Bréfritari: Soffía Daníelsdóttir
Viðtakandi: Jakobína Magnúsdóttir og Daníel Halldórsson
Dagsetning: A-1888-03-24
Skrifað á: Reykjavík  Gull.
Soffía var dóttir Jakobínu og Daníels

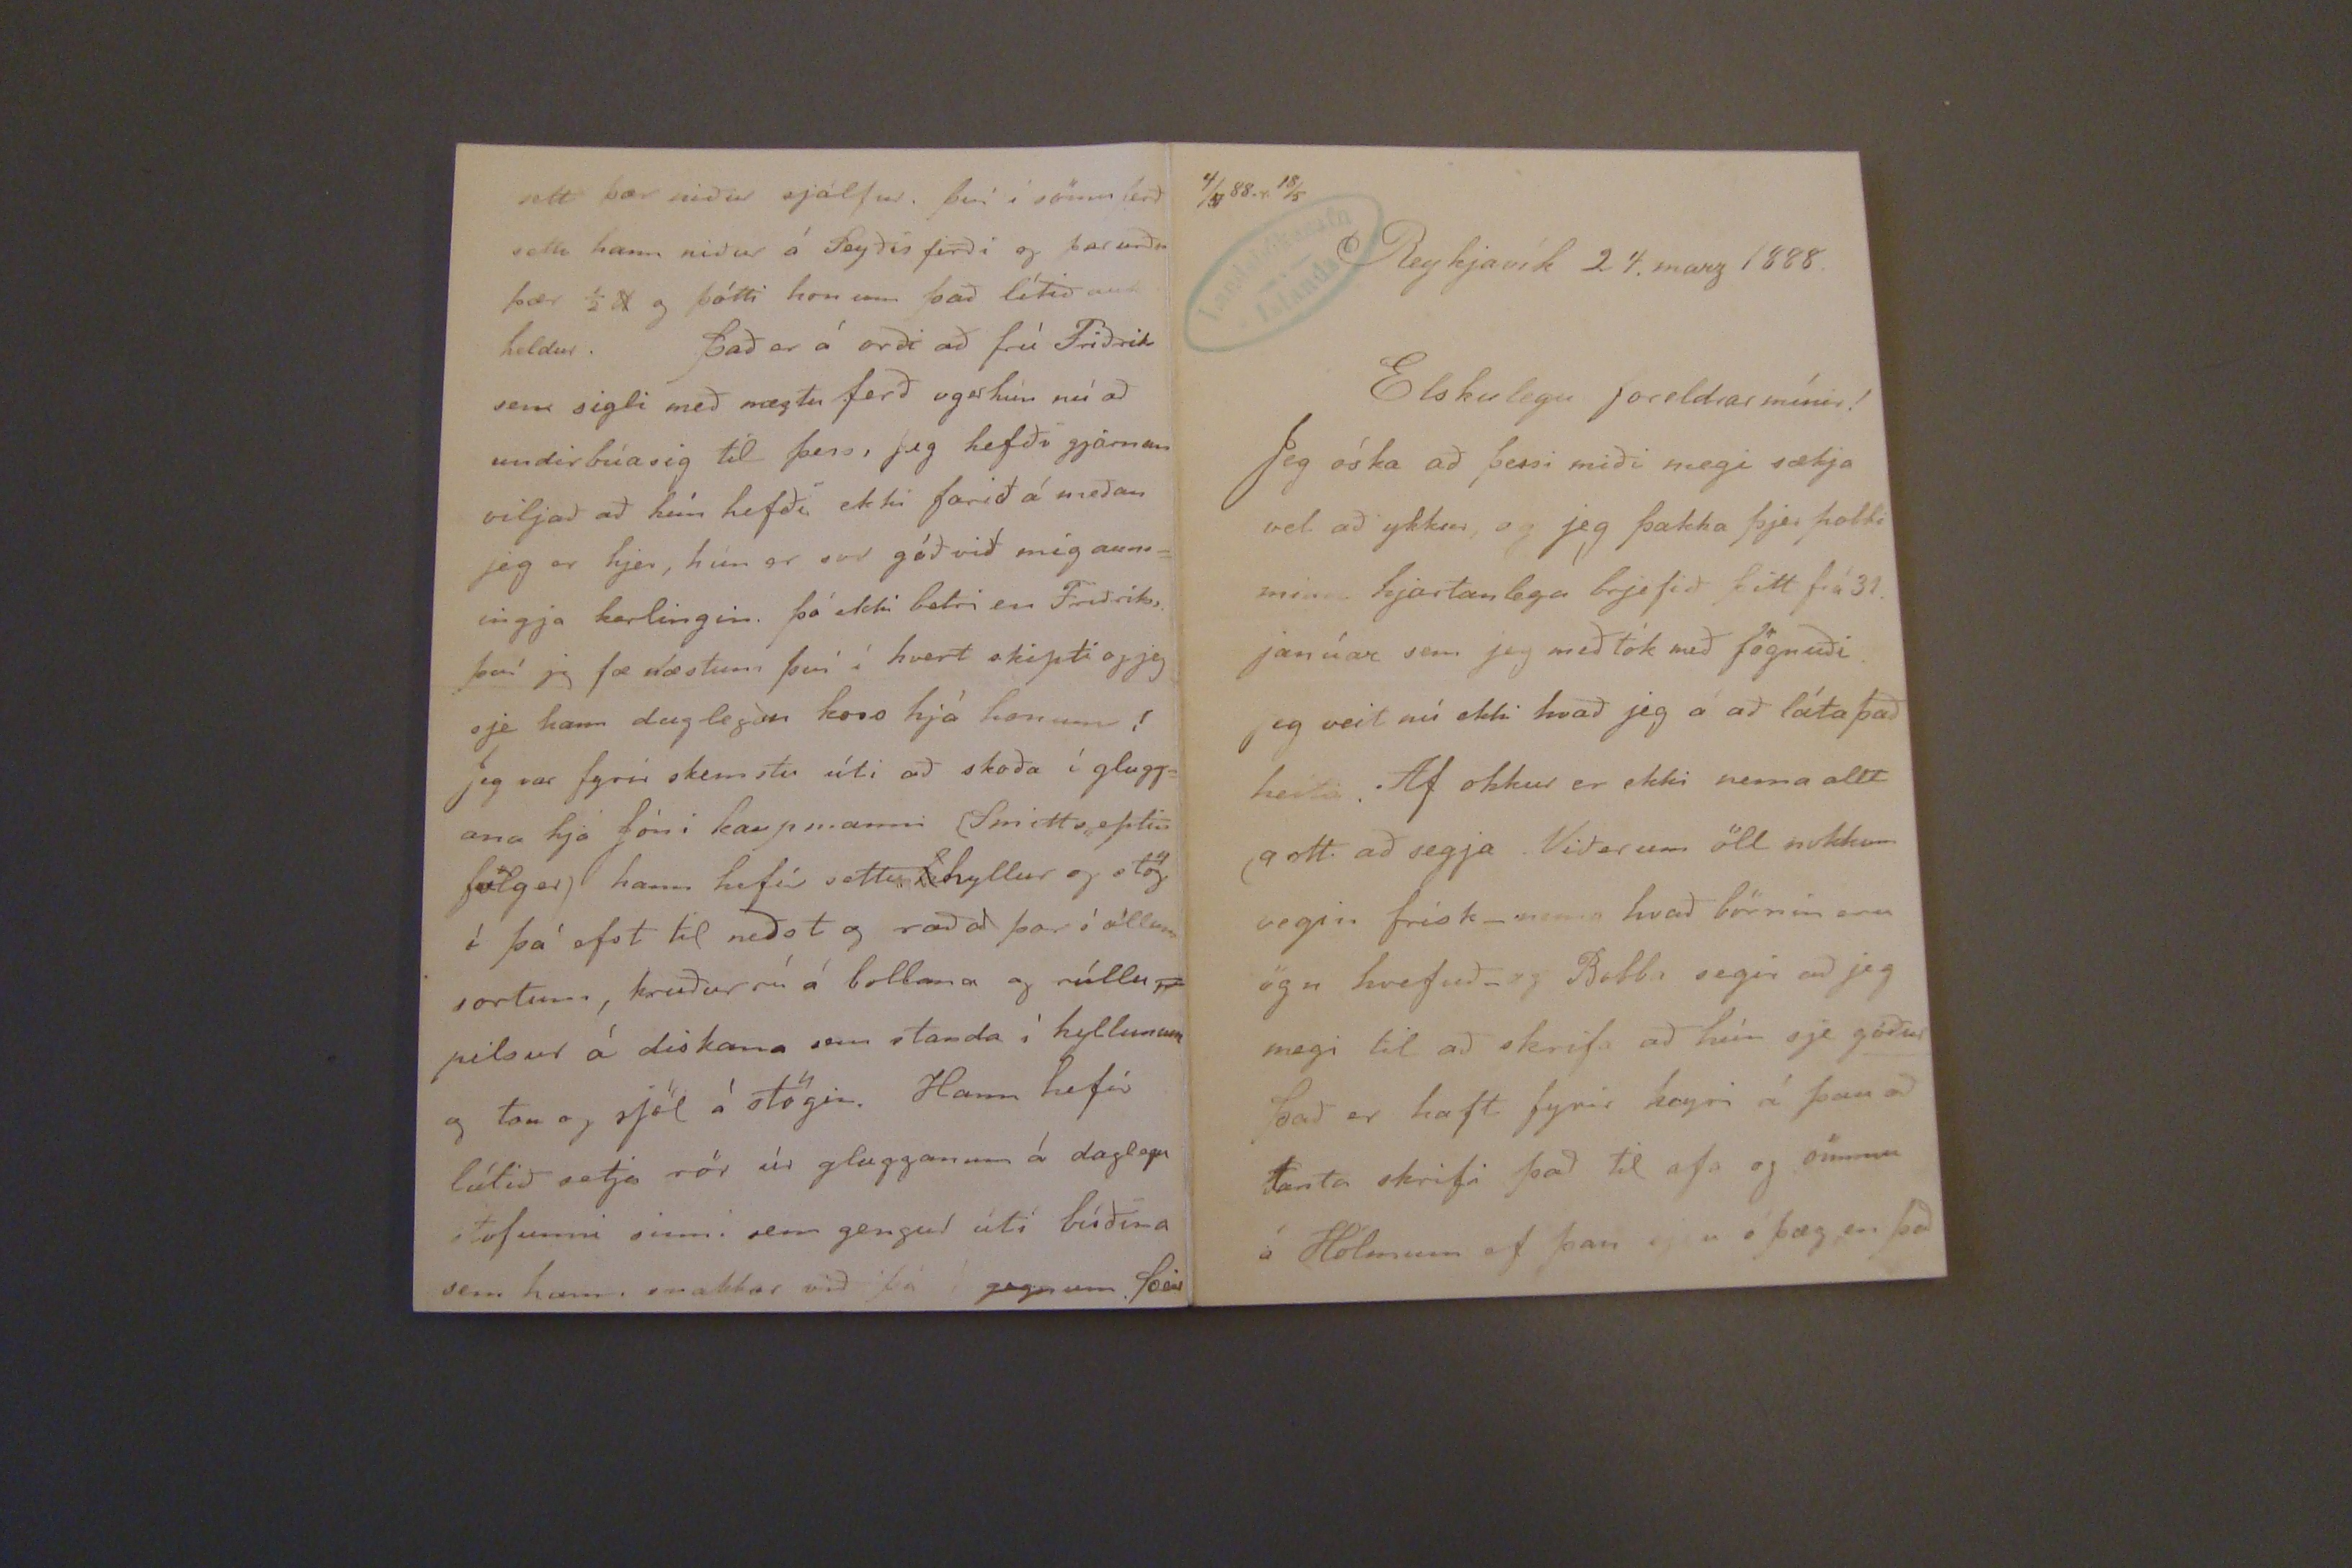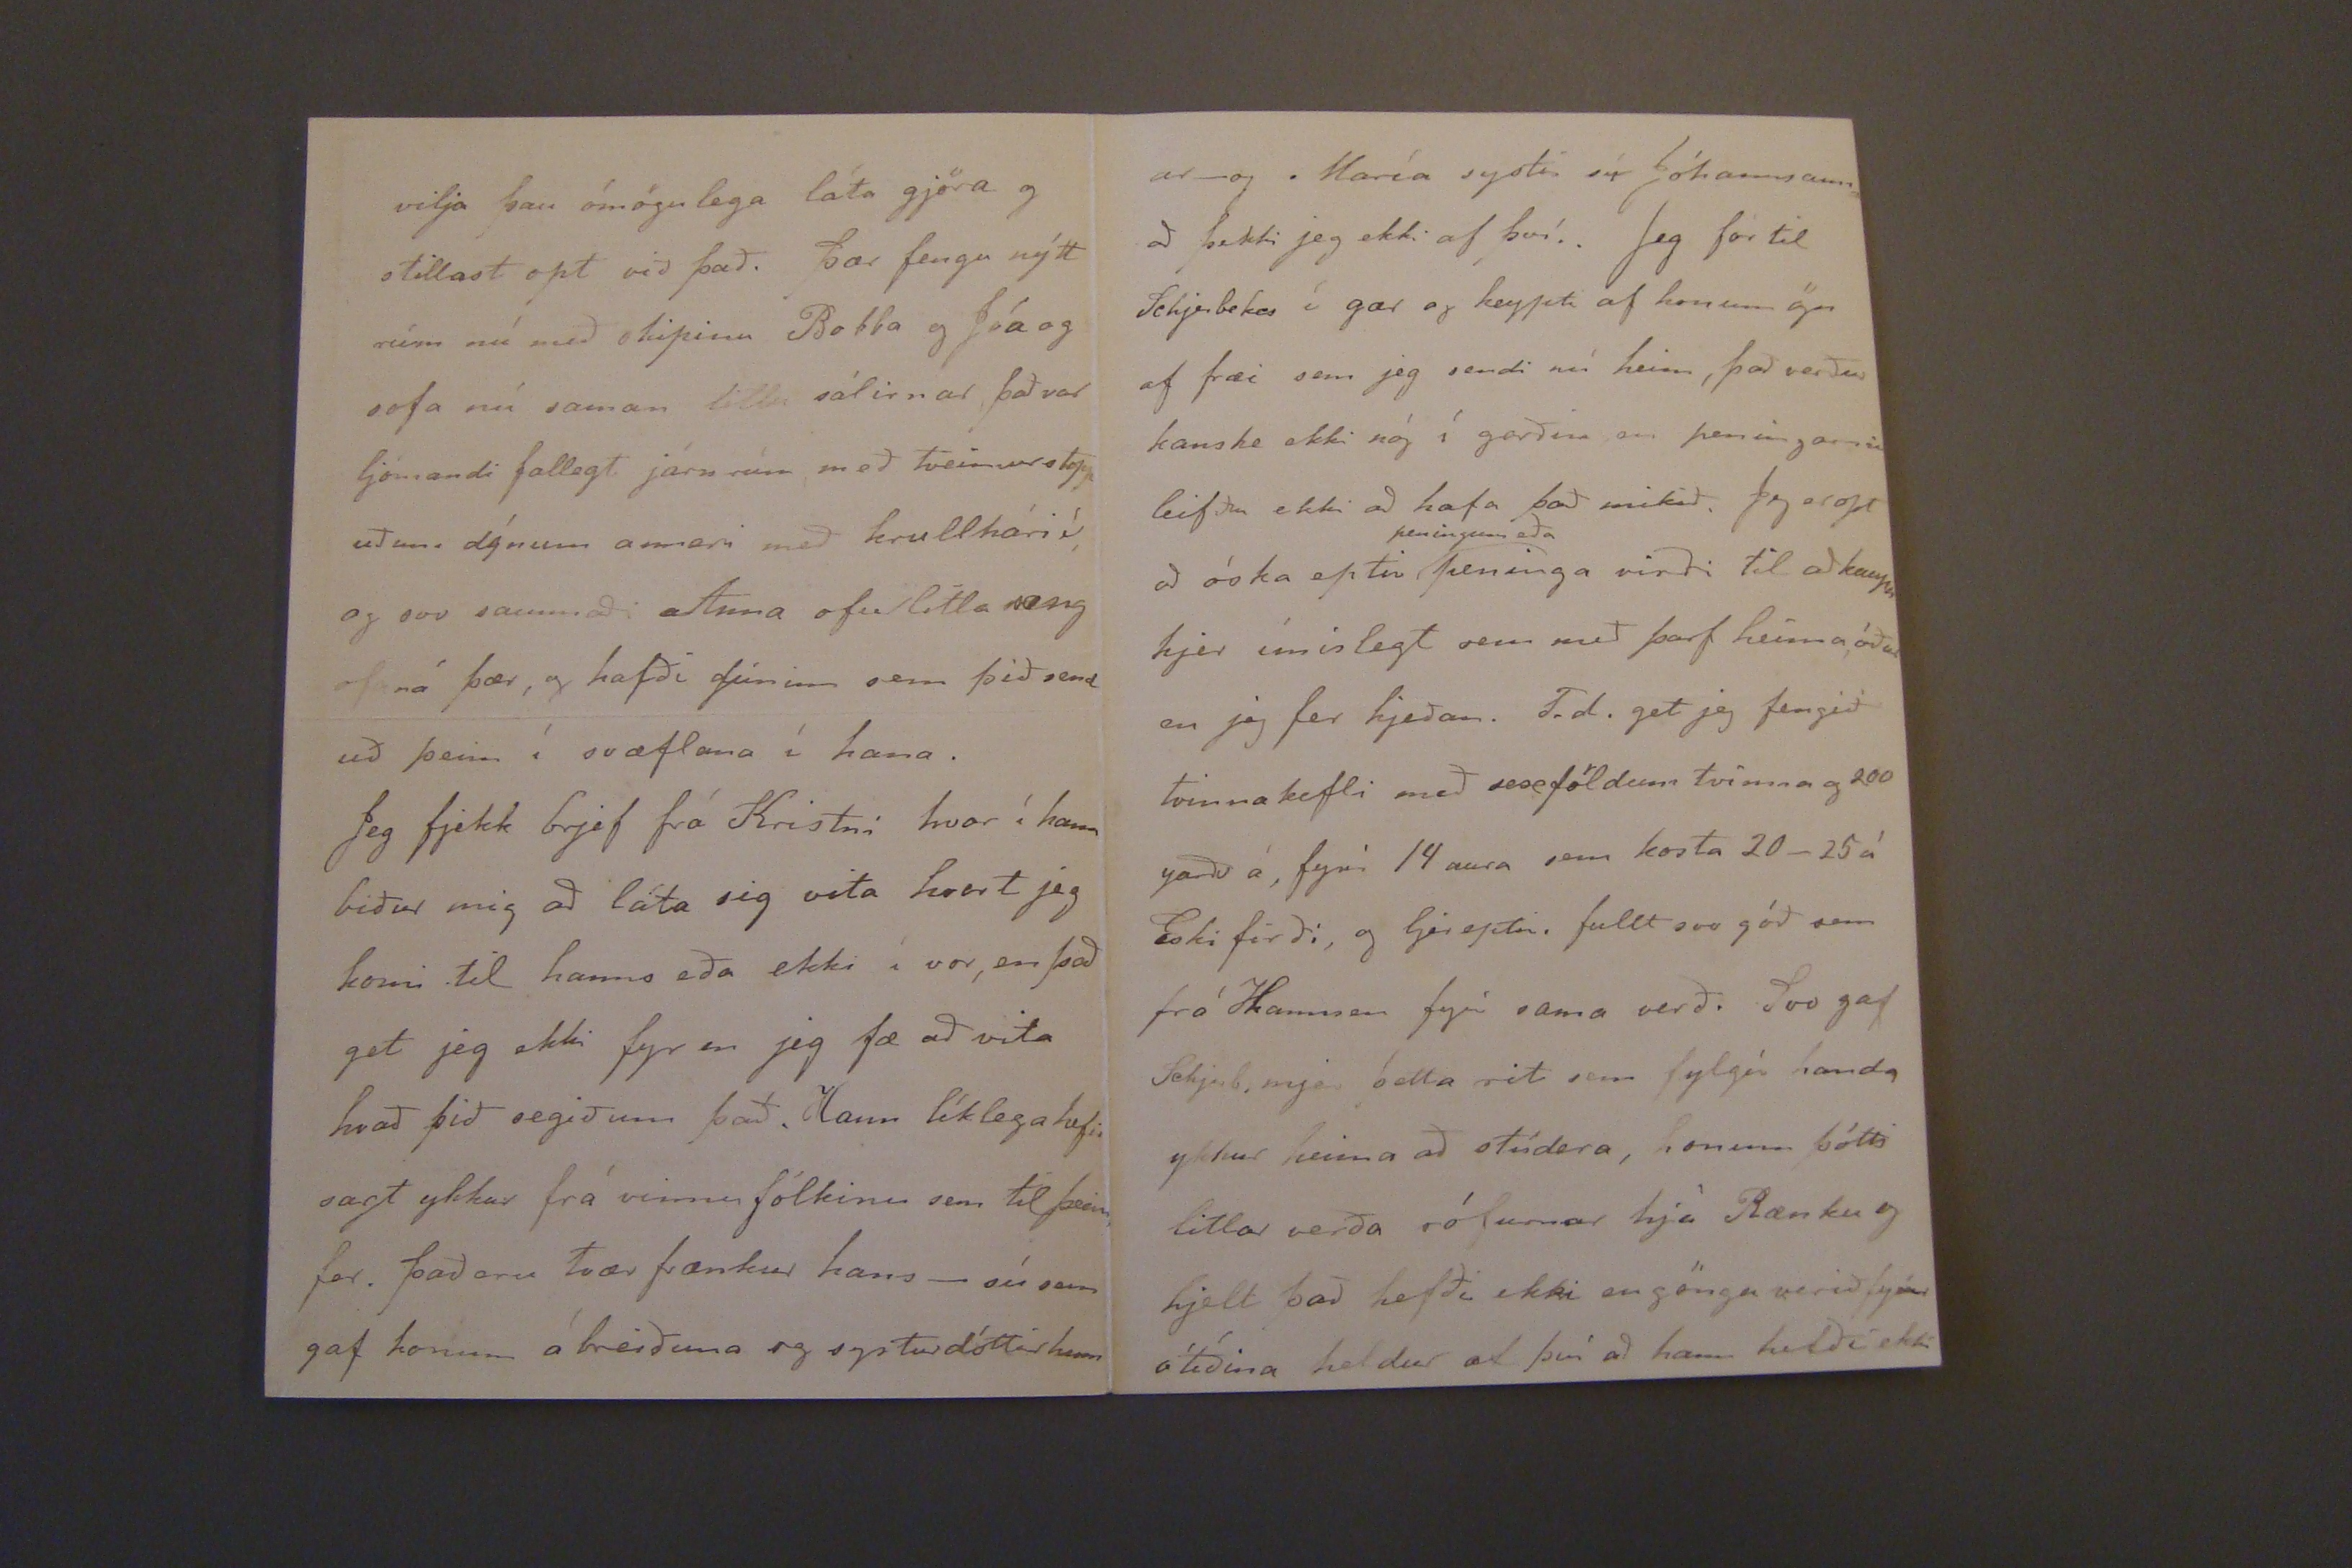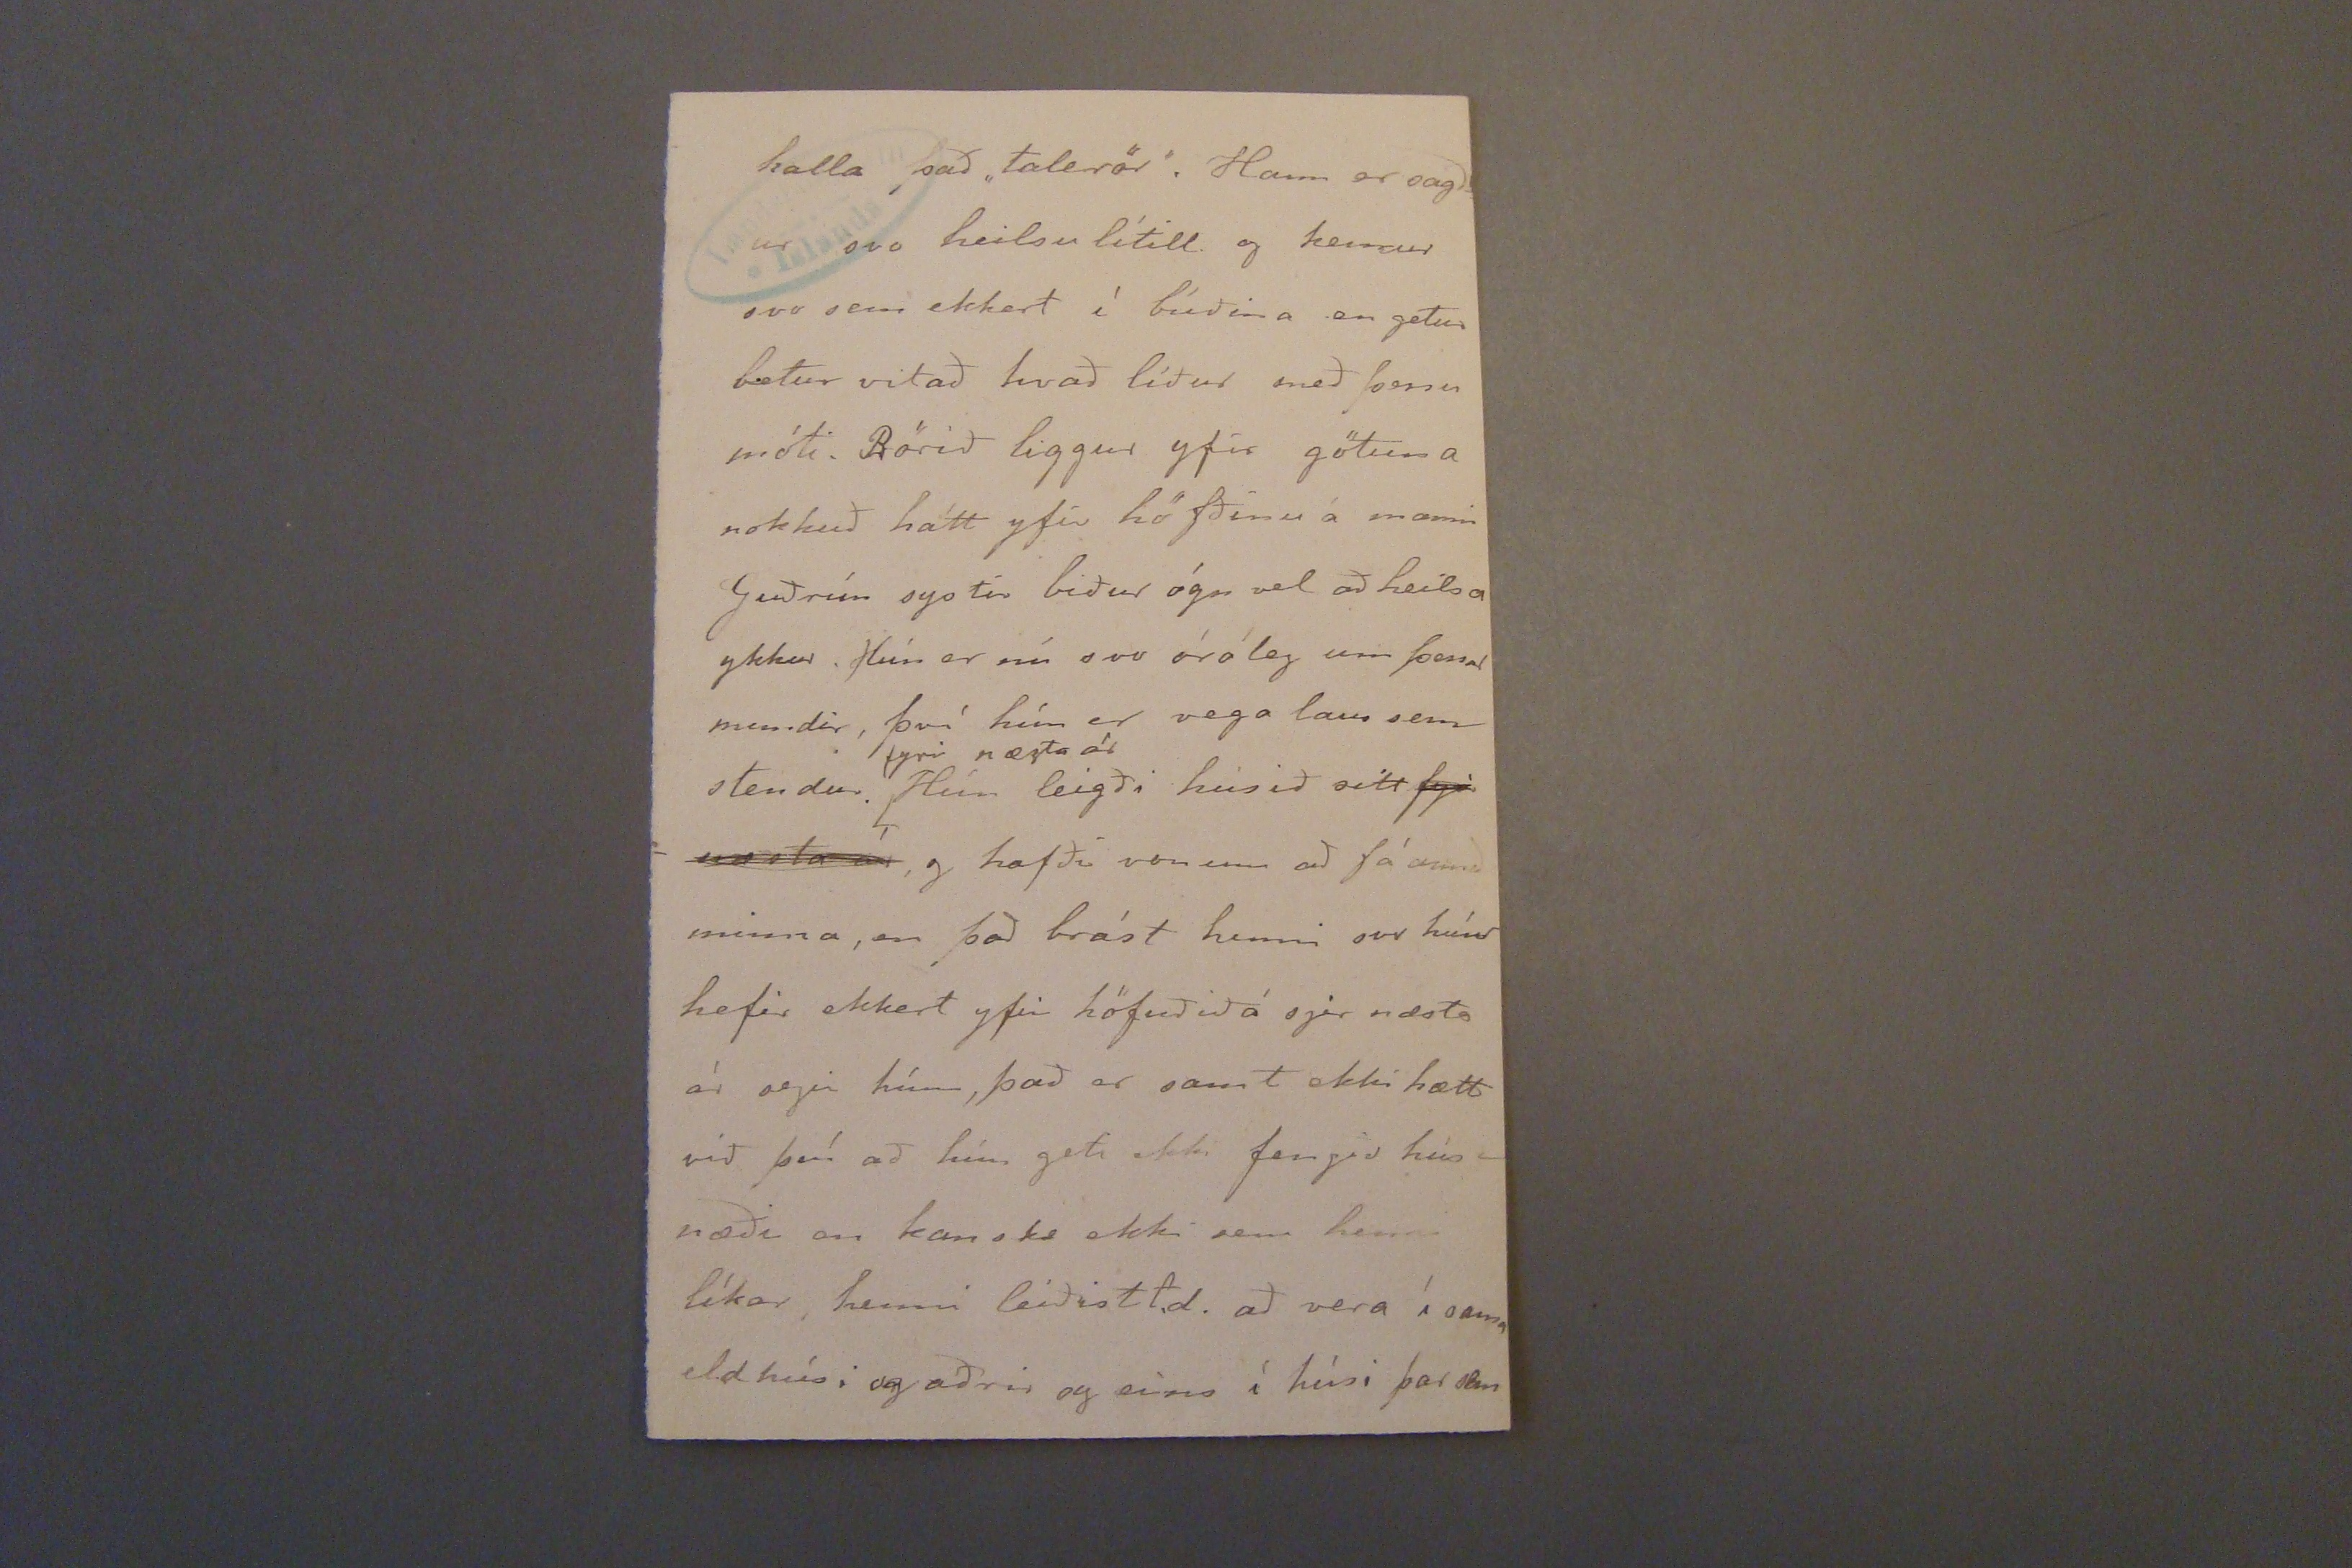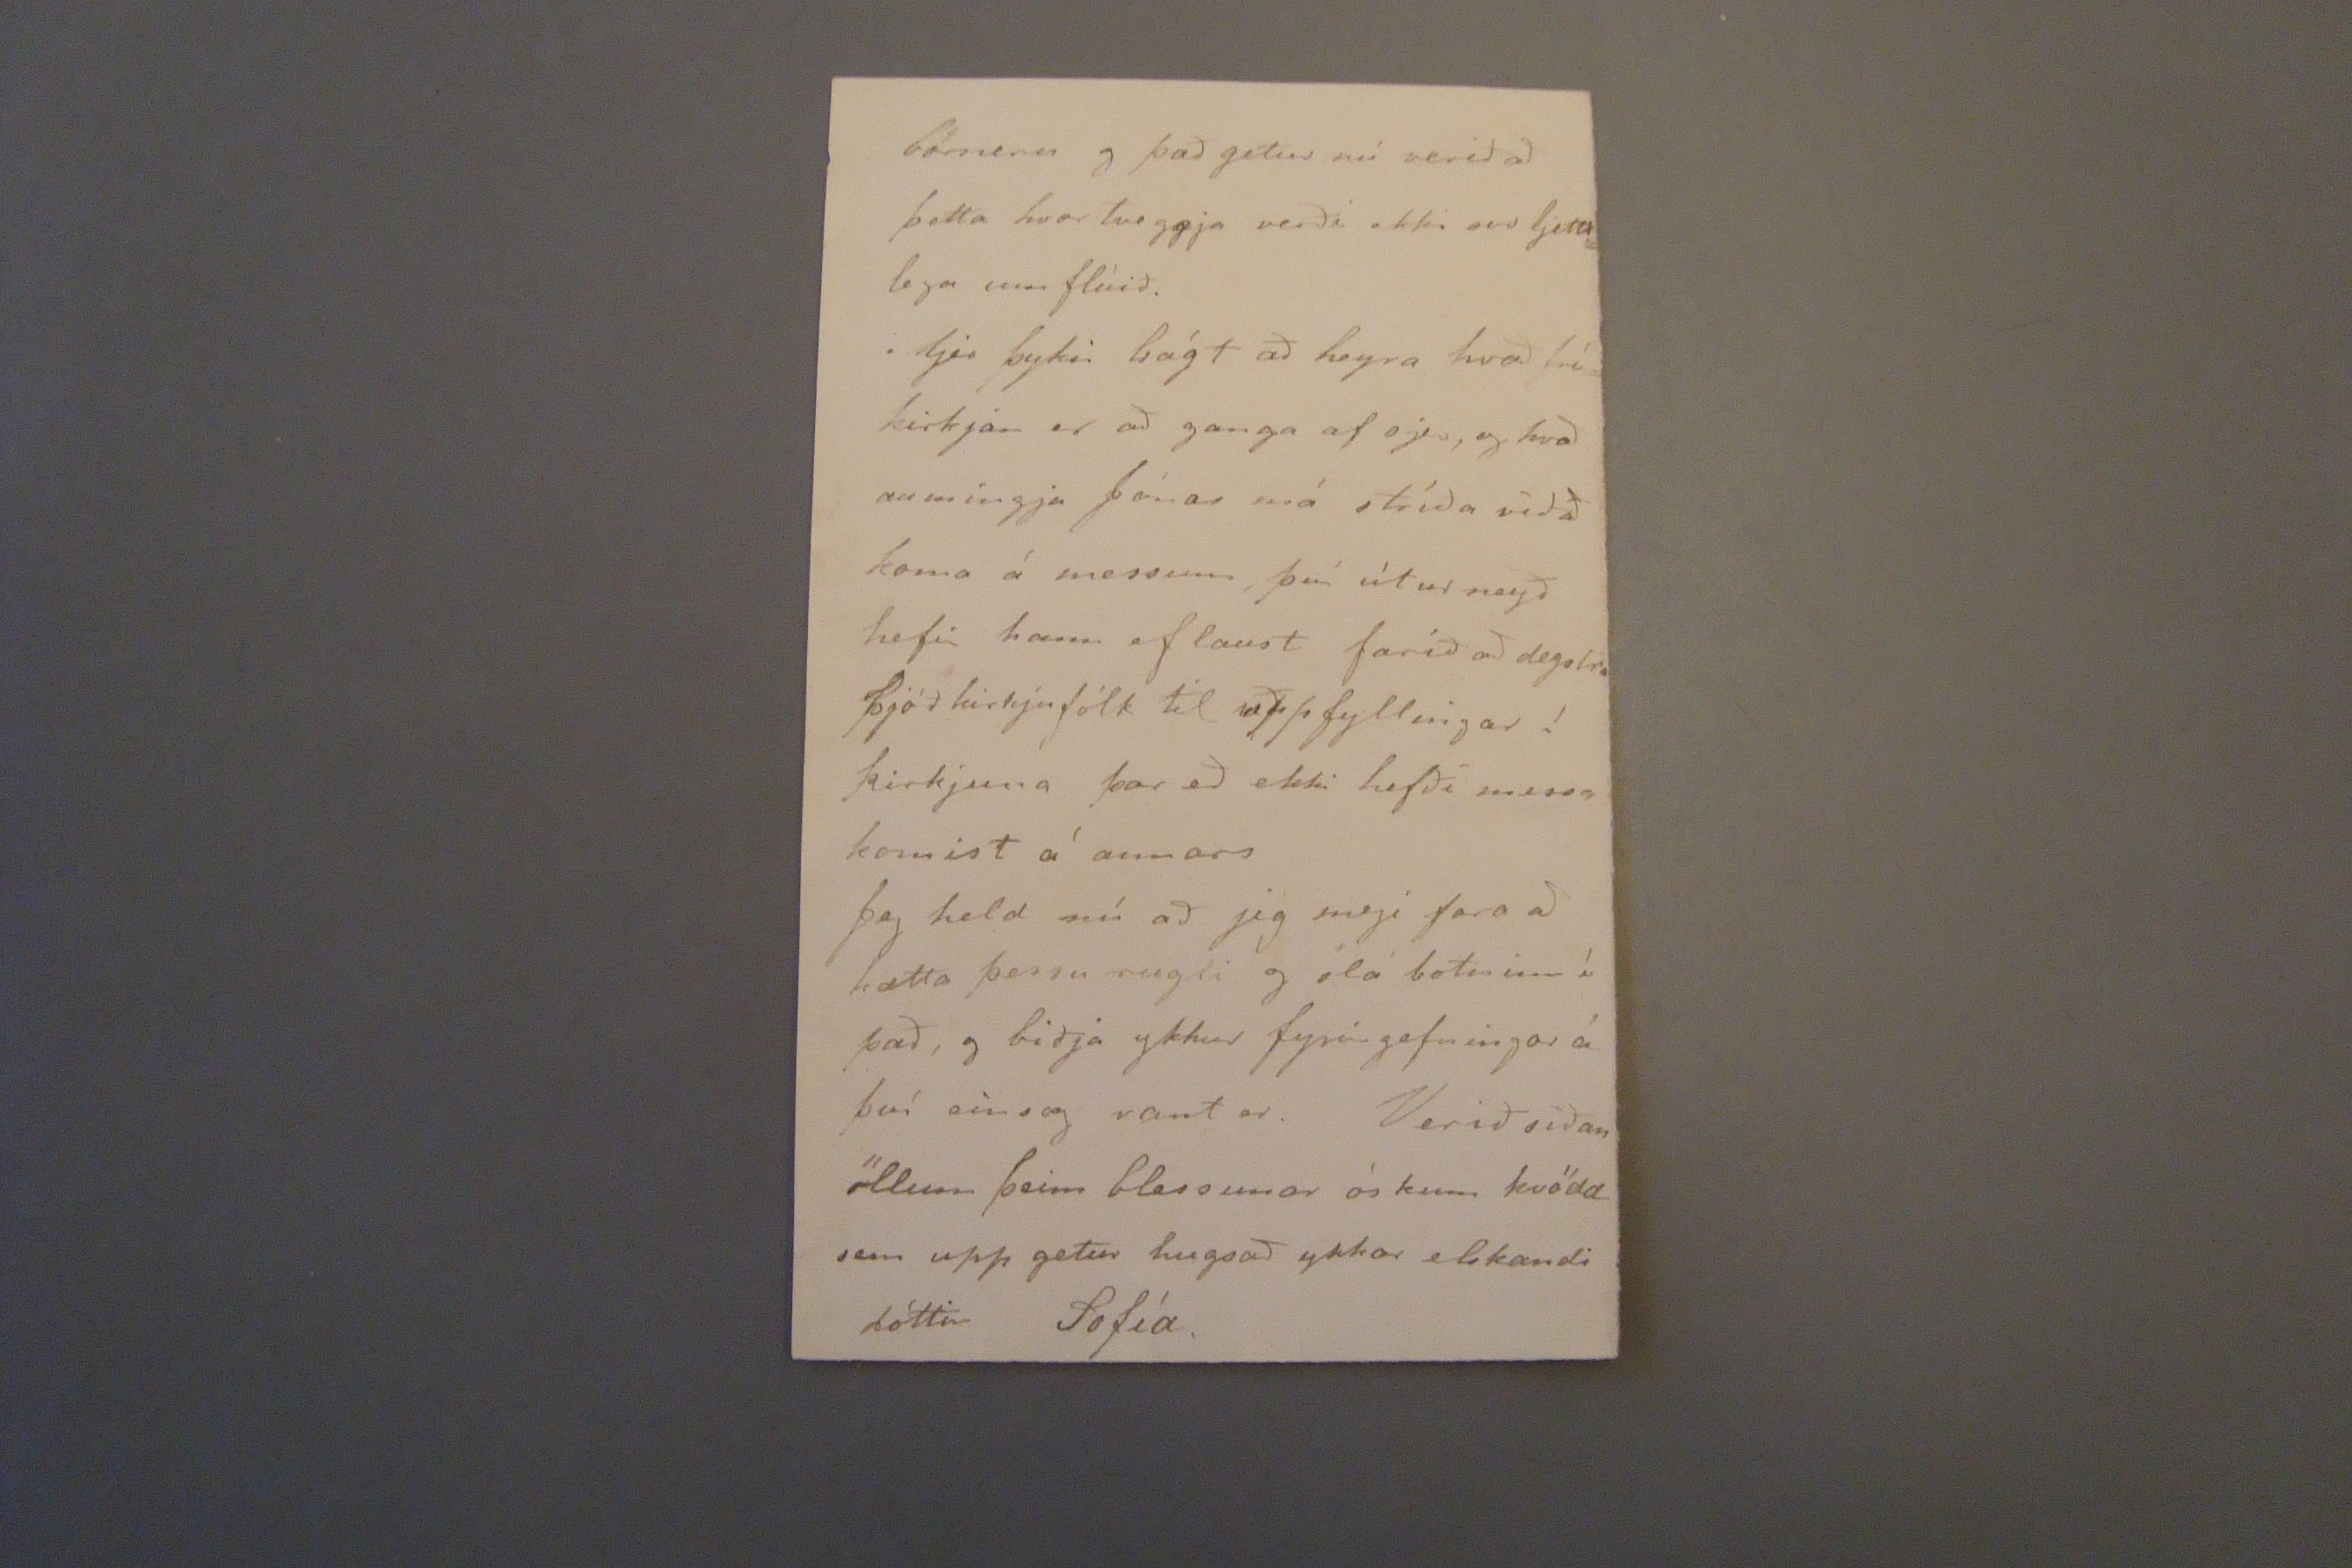

4/5 88.1. 18/5
Reykjavík 24. marz 1888.
Elskulegu foreldrar mínir!
Jeg óska að þessi miði megi sækja vel að ykkur, og jeg þakka þjer pabbi minn hjartanlega brjefið þitt frá 31. janúar sem jeg meðtók með fögnuði. Jeg veit nú ekki hvað jeg á að láta það heita. Af okkur er ekki nema allt gott að segja. Við erum öll nokkurn vegin frisk- nema hvað börnin eru ögn hvefuð- og Babba segir að jeg megi til að skrifa að hún sje góður það er haft fyrir heyri á þau að
Tanta
skrifi það til afa og ömmu á Hólmum ef þau sjeu ó þæg en það
vilja þau ómögulega láta gjöra og stillast opt við það. þær fengu nýtt rúm nú með skipinu Bobba og Jóa og sofa nú saman litlu sálirnar, það var ljómandi fallegt járn rúm, með tveimur
stogg uðum
dýnum annari með krullhári í, og svo saumaði Anna ofurlitla sæng ofaná þær, og hafði
gliminn
sem þið send uð þeim í svæflana í hana.
Jeg fjekk brjef frá Kristni hvar í hann biður mig að láta sig vita hvort jeg komi til hanns eða ekki í vor, en það get jeg ekki fyr en jeg fæ að vita hvað þið segið um það, Hann líklega hefir sagt ykkur frá vinnu fólkinu sem til þeim fór. það eru tvær frænkur hans- sú sem gaf honum á breiðuna og systurdóttir henn
sett þær niður sjáflur. því í sömu ferð settu hann niður á Seyðis firði og þar urðu þær 1/2
U
og þótti honum það lítið, auk heldur. það er á orði að frú Friðrik sem sigli með meztu ferð og er hún nú að undirbúa sig til þess, jeg hefði gjarnan viljað að hún hefði ekki farið, á meðan jeg er hjer, hún er svo góð við mig aumingja kerlingin. þó ekki betri en Friðriks því jeg fæ næstum því í hvert skipti og jeg sje hann dulgegan koss hjá honum! Jeg var fyrir skemstu úti að skoða í gluggana hjá Jón i kaupmanni (Smitts eptir fölgar) hann hefír sett hyllur og stög í þá efst til neðst og ræða þar í öllum sortum, kruður nú á bollana og rúllu pilsur á diskana sem standa í hyllunum og ton og sjöl á stögin. Hann hefir látið setja rör úr glugganum á daglegu stofunni sinni sem gengur úti búðina sem hann snakkar við þá í gegnum þeir
ar- og María systir
sú
Jóhanns ann að þekti jeg ekki af því. Jeg fór til
Sohjarbekes
í gær og keypti af honum ögn af fræi sem jeg sendi nú heim, það verður kanske ekki nóg í garðin en peningarnir leifðu ekki að hafa það mikið. Jeg er opt að óska eptir
peningum eða
peninga virði til að kaupa hjer ímislegt sem með þarf heima áður en jeg fer hjeðan. T.d. get jeg fengið tvinnakefli með sexföldum tvinna og 200
yarðs
á, fyrir 14 aura sem kosta 20-25 á Eskifirði, og ljerepti, fullt svo góð sem frá Hannsen fyrir sama verði Svo gaf
Sehjarb
mjer ótta rit sem fylgír handa ykkur heima að stúdera, honu þótti litlar verða rólurnar hjá Rænku og hjelt það hefði ekki en göngu veirð fyrir ótíðina heldur af því að hann hefði ekki
halla það "talerör". Hann er sagður svo heilsu lítill og kemur svo sem ekkert í búðina en getur betur vitað hvað líður með þessu móti. Rörið yfir höfðinu á manni Guðrún systir biður ógn vel að heilsa ykkur Hún er nú svo óróleg um þessar mundir, því hún er vega laus sem stendur. Hún leigði húsið sitt
fyrir næsta ár
fyrir næzta ár
, og hafði vonum að fá annað minna, en það brást henni svo hún hefir ekkert yfir höfuðið á sjer næsta ár segir hún, það er samt ekki hætt við því að hún geti ekki fengið húsnæði en kanske ekki sem henni líkar henni leiðist t.d. að vera í sama eldhúsi og aðrir og eins í húsi þar sem
börninu og það getur nú verið að þetta hvor tveggja verði ekki svo ljettilega um flúið
Mjer þykir bágt að heyra hvað fríkirkjan er að ganga af sjer, og hvað aumingja Jónas má stríða við að koma á messum, því útur neyð hefir hann ef laust faríð að degstra þjóð kirkjufólk til uppfyltingar! kirkjuna þar að ekki hefði messa komist á annars
Jeg held nú að jeg megi fara að hætta þessu rugli og ólá botninn í það, og biðja ykkur fyrir gefningar á því eins og vant er. Verið síðan öllum þeim blessunar óskum kvödd sem upp getur hugsað ykkar elskandi dóttir
Sofía.